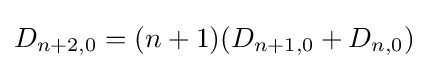
D_{n+2,0}=(n+1)(D_{n+1,0}+D_{n,0})\!